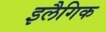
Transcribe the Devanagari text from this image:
इलैगिक